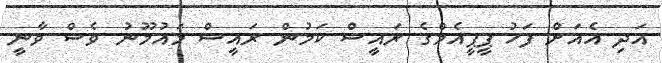
އަދި އެއަށް ފަހު ޕީޕީއެމްގެ ރައީސް ކަމުން ރައީސް މައުމޫނު ވެސް ވާނީ